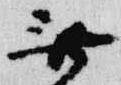
無